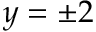
y = \pm 2